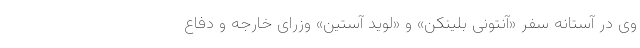
وی در آستانه سفر «آنتونی بلینکن» و «لوید آستین» وزرای خارجه و دفاع